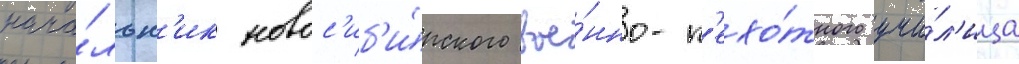
нача́льн'ик новос'иб'и́рского вое́нно-п'ехо́тного учи́л'ища